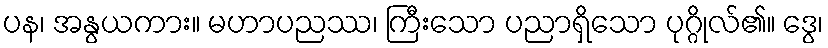
ပန၊ အနွယကား။ မဟာပညဿ၊ ကြီးသော ပညာရှိသော ပုဂ္ဂိုလ်၏။ ဒွေ၊